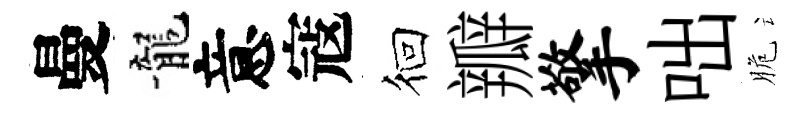
曼龍意寇徊瓣擎咄脆